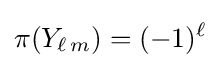
\pi (Y_{\ell \,m})=(-1)^{\ell }